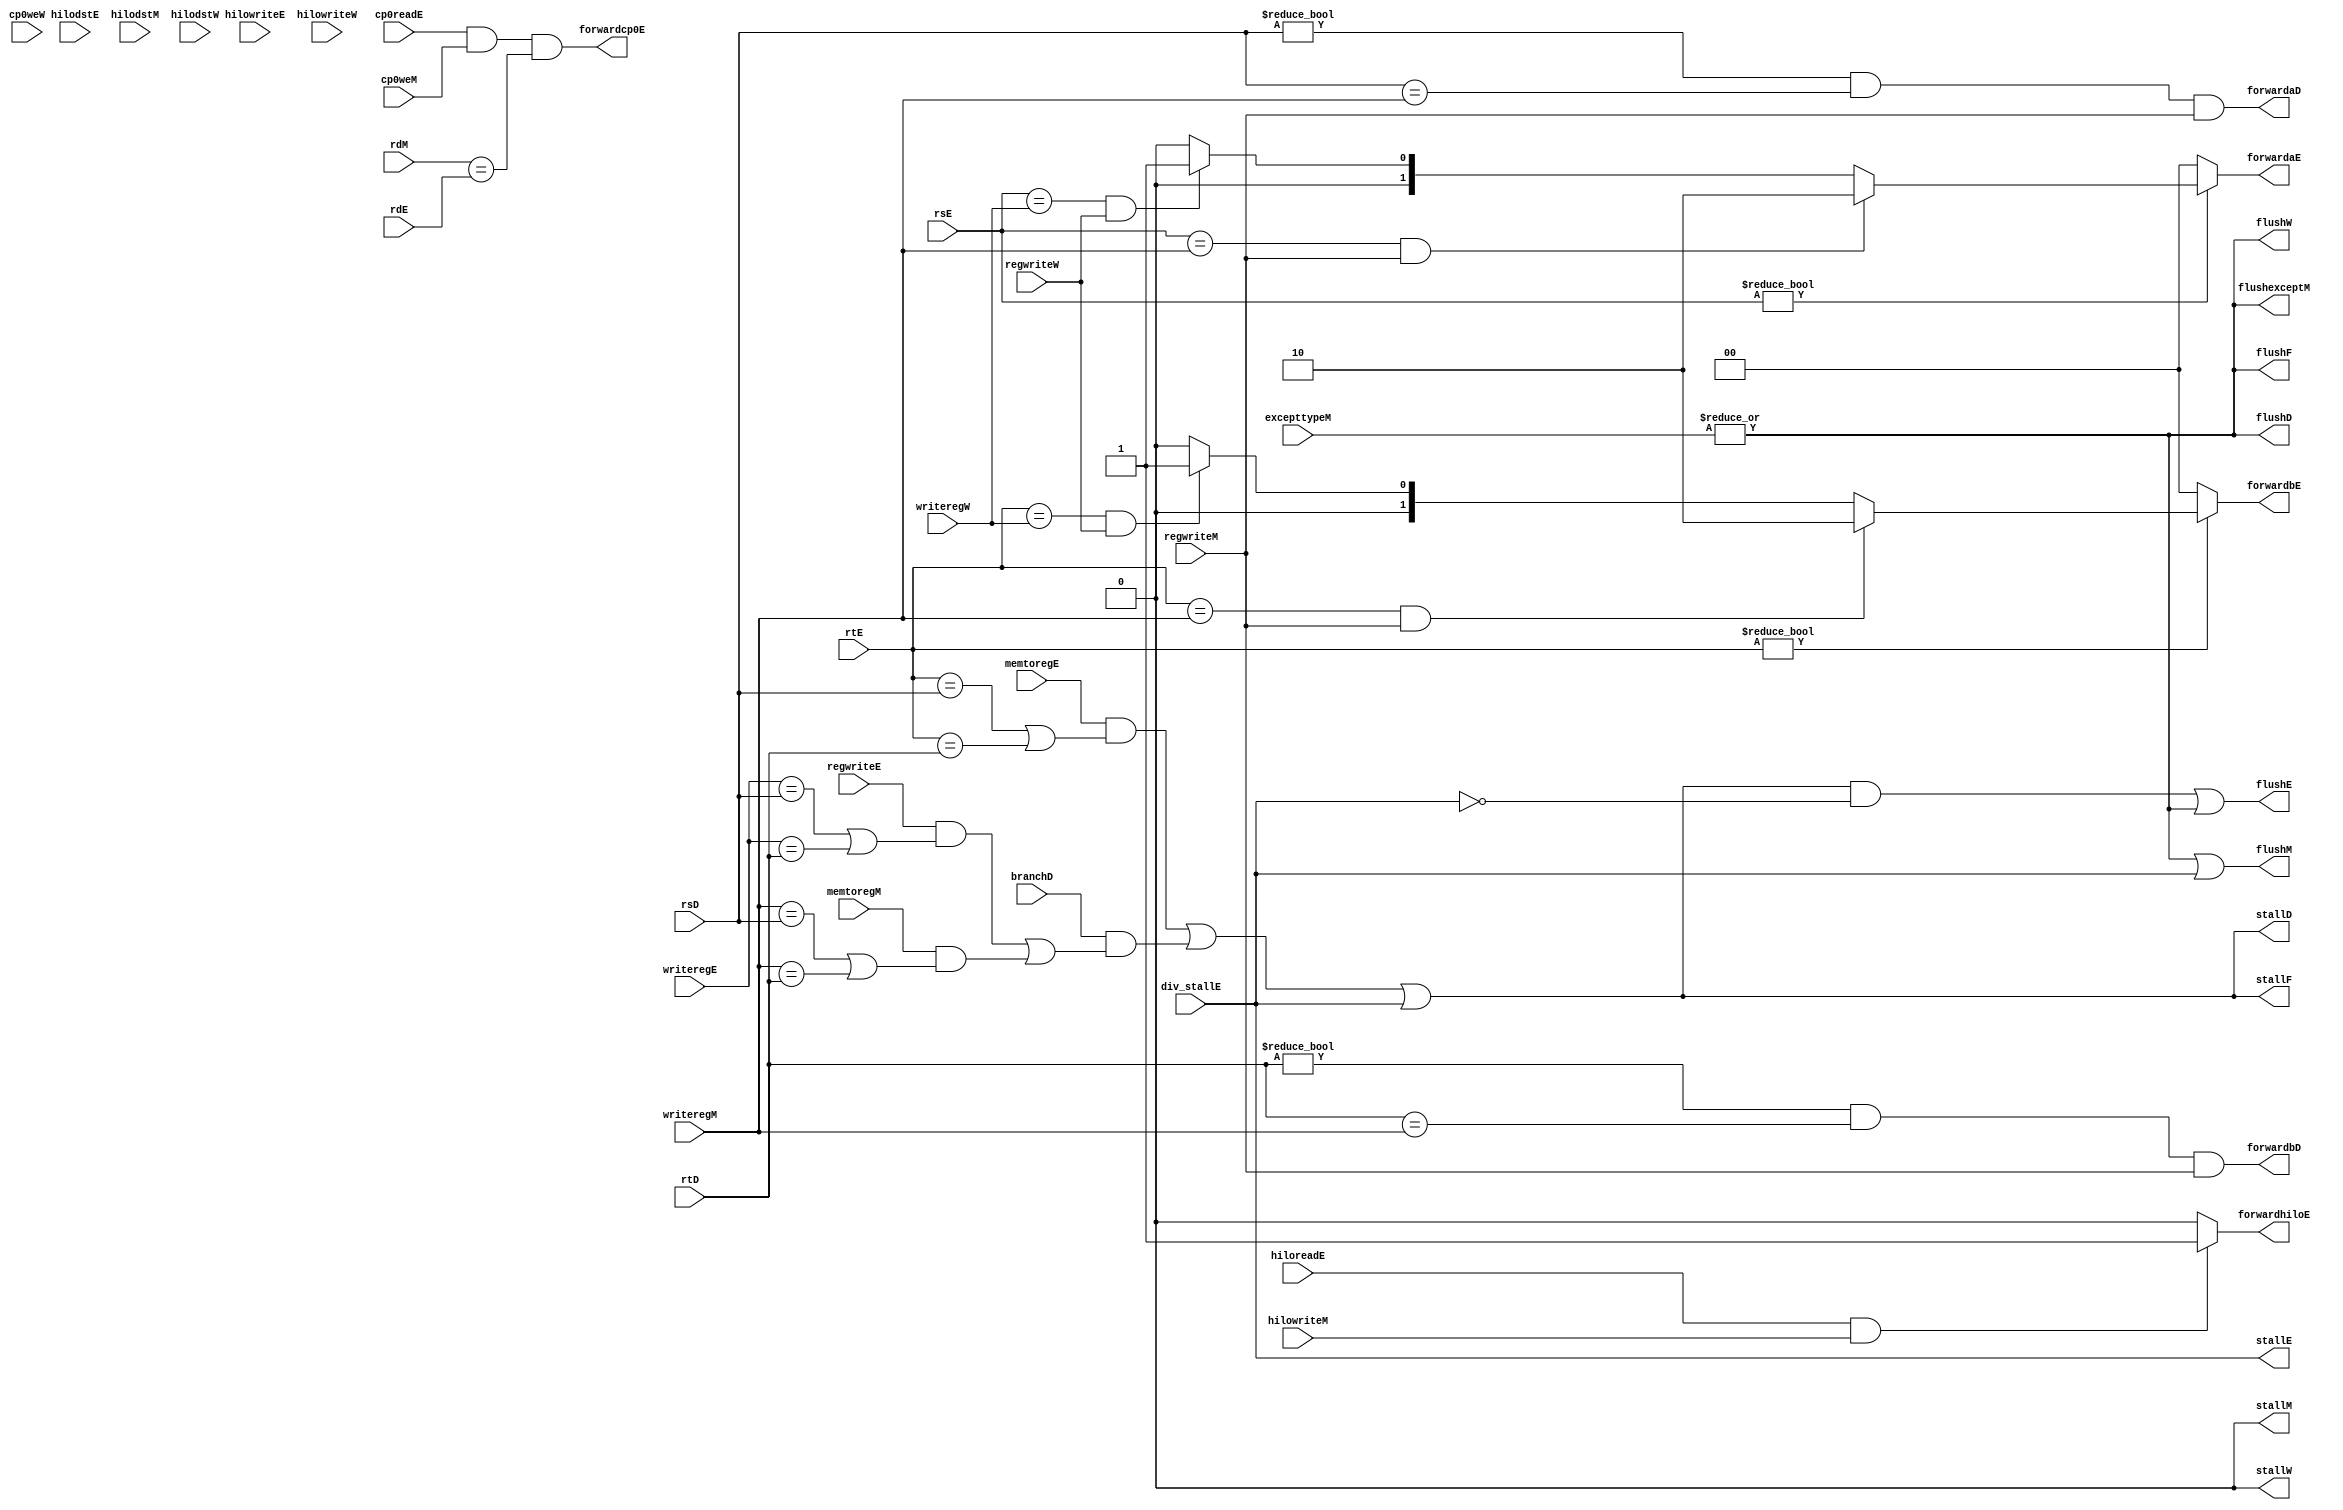
`timescale 1ns / 1ps
//////////////////////////////////////////////////////////////////////////////////
// Company: 
// Engineer: 
// 
// Design Name: 
// Module Name: hazard
// Project Name: 
// Target Devices: 
// Tool Versions: 
// Description: 
// 
// Dependencies: 
// 
// Revision:
// Revision 0.01 - File Created
// Additional Comments:
// 
//////////////////////////////////////////////////////////////////////////////////


module hazard(
	//fetch stage
	output wire stallF,flushF,
	//decode stage
	input wire[4:0] rsD,rtD,
	input wire branchD,
	output wire forwardaD,forwardbD,
	output wire stallD,flushD,
	//execute stage
	input wire[4:0] rsE,rtE,rdE,
	input wire[4:0] writeregE,
	input wire regwriteE,
	input wire memtoregE,
	output reg[1:0] forwardaE,forwardbE,
	input wire hilodstE,hilowriteE,hiloreadE,
	output forwardhiloE,
	input div_stallE,
	output stallE,flushE,
	input cp0readE,
	output forwardcp0E,
	//mem stage
	input wire[4:0] rdM,
	input wire[4:0] writeregM,
	input wire regwriteM,
	input wire memtoregM,
    input hilodstM,hilowriteM,
    output stallM,flushM,
    input cp0weM,
    input wire[31:0] excepttypeM, 
    output flushexceptM,
	//write back stage
	input wire[4:0] writeregW,
	input wire regwriteW,
	input hilodstW,hilowriteW,
	output stallW,flushW,
	input cp0weW
    );

	wire lwstallD,branchstallD,flushexcept;

	//forwarding sources to D stage (branch equality)
	assign forwardaD = (rsD != 0 & rsD == writeregM & regwriteM);
	assign forwardbD = (rtD != 0 & rtD == writeregM & regwriteM);
	
	//forwarding sources to E stage (ALU)
	always @(*) begin
		forwardaE = 2'b00;
		forwardbE = 2'b00;
		if(rsE != 0) begin
			/* code */
			if(rsE == writeregM & regwriteM) begin
				/* code */
				forwardaE = 2'b10;
			end else if(rsE == writeregW & regwriteW) begin
				/* code */
				forwardaE = 2'b01;
			end
		end
		if(rtE != 0) begin
			/* code */
			if(rtE == writeregM & regwriteM) begin
				/* code */
				forwardbE = 2'b10;
			end else if(rtE == writeregW & regwriteW) begin
				/* code */
				forwardbE = 2'b01;
			end
		end
	end

    assign forwardhiloE = ((hiloreadE != 0) && hilowriteM)? 1'b1:
             1'b0;
             
    assign forwardcp0E = ((cp0readE != 0) && cp0weM && rdM == rdE);

	//stalls
	assign  lwstallD = memtoregE & (rtE == rsD | rtE == rtD);
	assign  branchstallD = branchD &
				(regwriteE & 
				(writeregE == rsD | writeregE == rtD) |
				memtoregM &
				(writeregM == rsD | writeregM == rtD));
	assign  stallD = lwstallD | branchstallD | div_stallE;
	assign  stallF = stallD;
	assign  stallE = div_stallE;
	assign  stallM = 0;
	assign  stallW = 0;
		//stalling D stalls all previous stages
    assign  flushexceptM = (|excepttypeM);
    assign flushF = flushexceptM;
    assign flushD = flushexceptM;
	assign flushE = stallD & ~stallE | flushexceptM;
	assign flushM = flushexceptM|div_stallE;
	assign flushW = flushexceptM;
		//stalling D flushes next stage
	// Note: not necessary to stall D stage on store
  	//       if source comes from load;
  	//       instead, another bypass network could
  	//       be added from W to M
endmodule